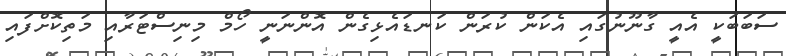
ސަބަބަކީ އެއީ ގާނޫނުގައި އެކަން ކުރަން ކަނޑައެޅިގެން އޮންނަނީ ހޯމް މިނިސްޓަރާއި މަތިކޮށްފައި